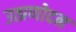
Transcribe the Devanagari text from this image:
उत्प्रणोदन